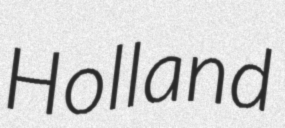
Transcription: Holland